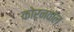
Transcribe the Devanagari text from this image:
कोर्नवॉल